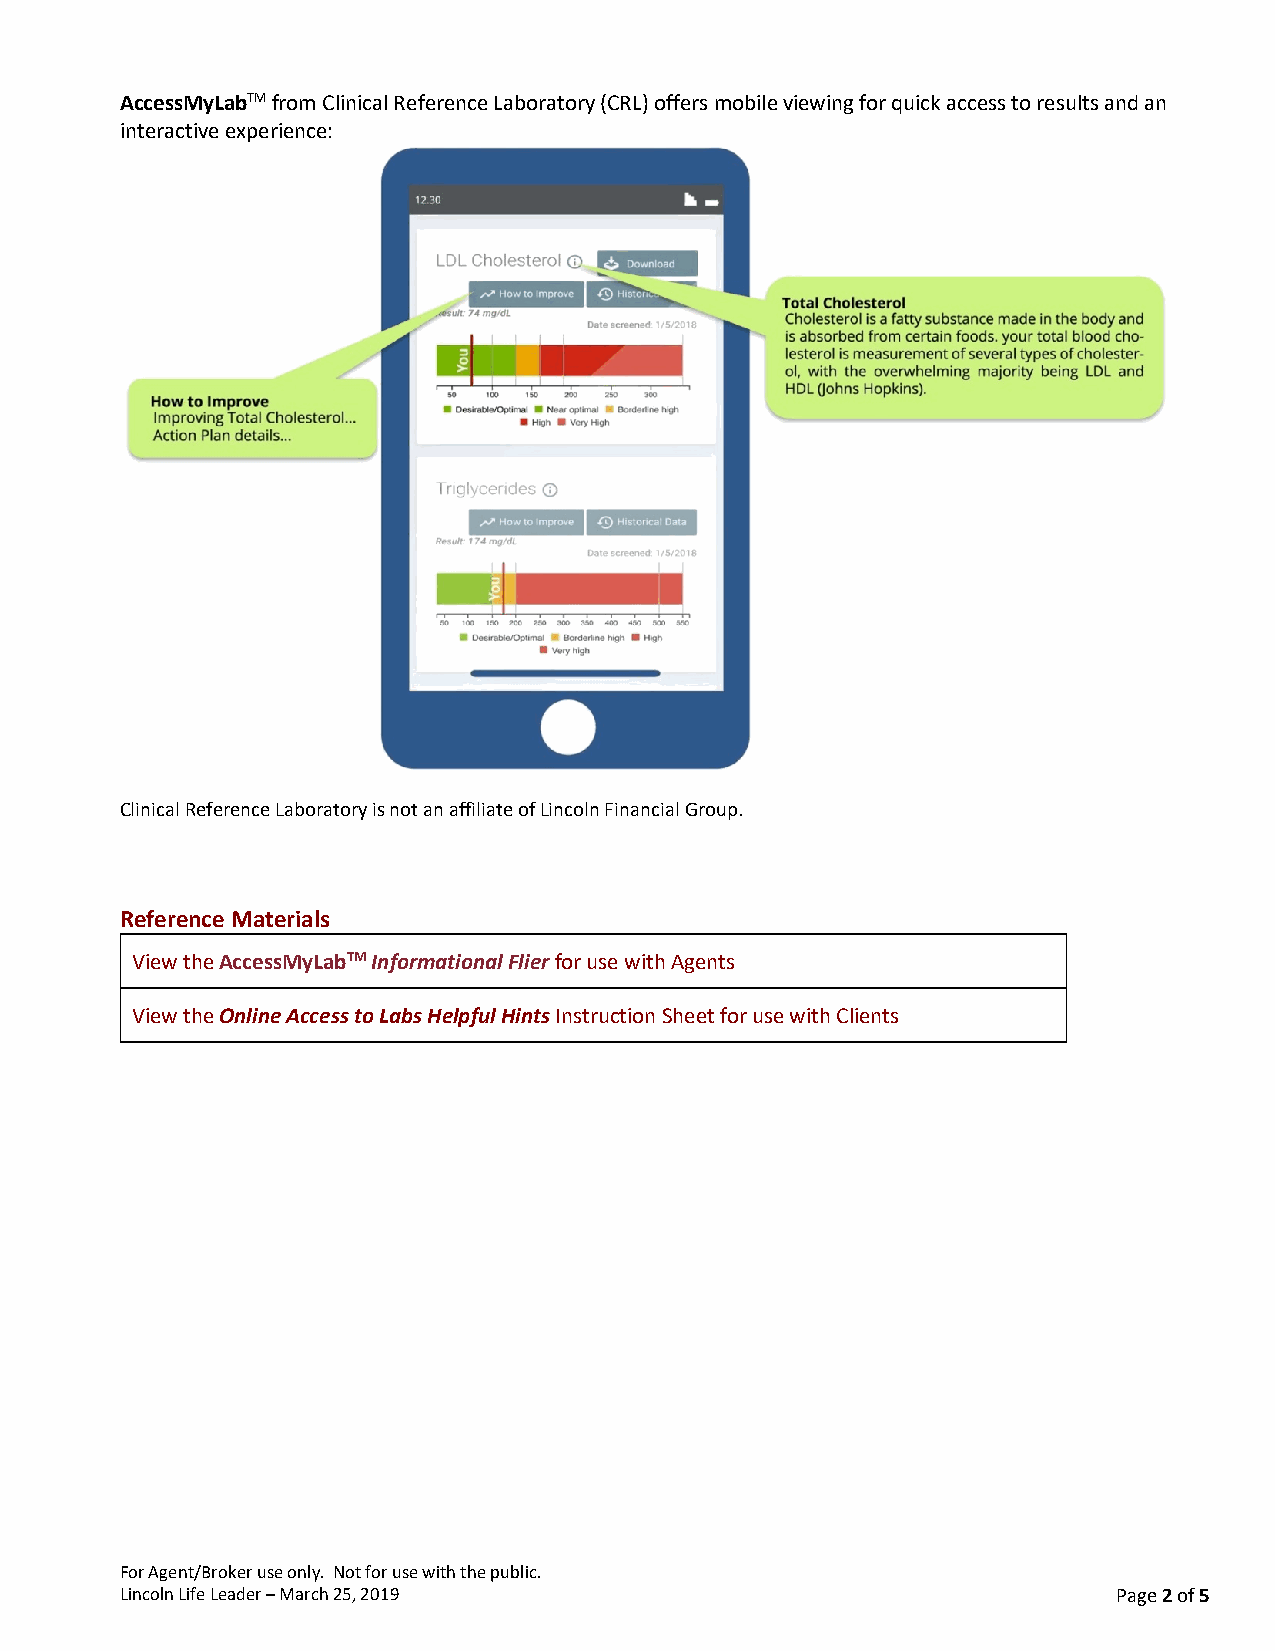
AccessMyLabTM from Clinical Reference Laboratory (CRL) offers mobile viewing for quick access to results and an
 i nteractive experience:
 Clinical Reference Laboratory is not an affiliate of Lincoln Financial Group.
 Reference Materials
 View the AccessMyLabTM Informational Flier for use with Agents
 View the Online Access to Labs Helpful Hints Instruction Sheet for use with Clients
 For Agent/Broker use only. Not for use with the public.
 Lincoln Life Leader – March 25, 2019                              Page 2 of 5